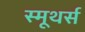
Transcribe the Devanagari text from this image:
स्मूथर्स